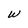
Character: W